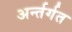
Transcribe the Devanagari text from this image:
अर्न्तर्गत